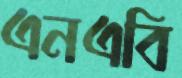
এনএবি